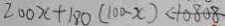
2 0 0 x + 1 8 0 ( 1 0 0 - x ) < 1 0 8 0 8